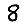
Digit: 8